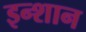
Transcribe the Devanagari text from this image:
इन्शान